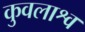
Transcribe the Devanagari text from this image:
कुवलाश्व